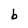
Character: b